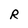
Character: R